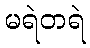
မရဲတရဲ